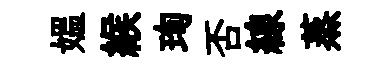
媪緱珣否線蒸